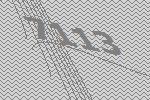
7113